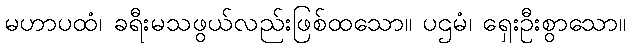
မဟာပထံ၊ ခရီးမသဖွယ်လည်းဖြစ်ထသော။ ပဌမံ၊ ရှေးဦးစွာသော။